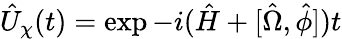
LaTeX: \hat{U}_{\chi}(t)=\exp-i(\hat{H}+[\hat{\Omega},\hat{\phi}])t